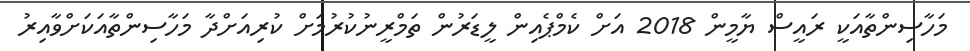
މަހާސިންތާއަކީ ރައީސް ޔާމީން 2018 އަށް ކެމްޕެއިން ލީޑަރުން ތަމްރީނުކުރުމަށް ކުރިއަށްދާ މަހާސިންތާއަކަށްވާއިރު